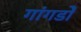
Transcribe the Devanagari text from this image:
गांगडोे